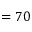
= 7 0